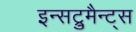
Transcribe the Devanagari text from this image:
इन्सट्रुमैन्ट्स